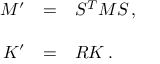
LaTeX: \begin{array} { r c l } { { { \cal M } ^ { \prime } } } & { { = } } & { { S ^ { T } { \cal M } S \, , } } \\ { { } } & { { } } & { { } } \\ { { K ^ { \prime } } } & { { = } } & { { R K \, . } } \end{array}